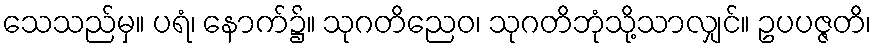
သေသည်မှ။ ပရံ၊ နောက်၌။ သုဂတိညေဝ၊ သုဂတိဘုံသို့သာလျှင်။ ဥပပဇ္ဇတိ၊